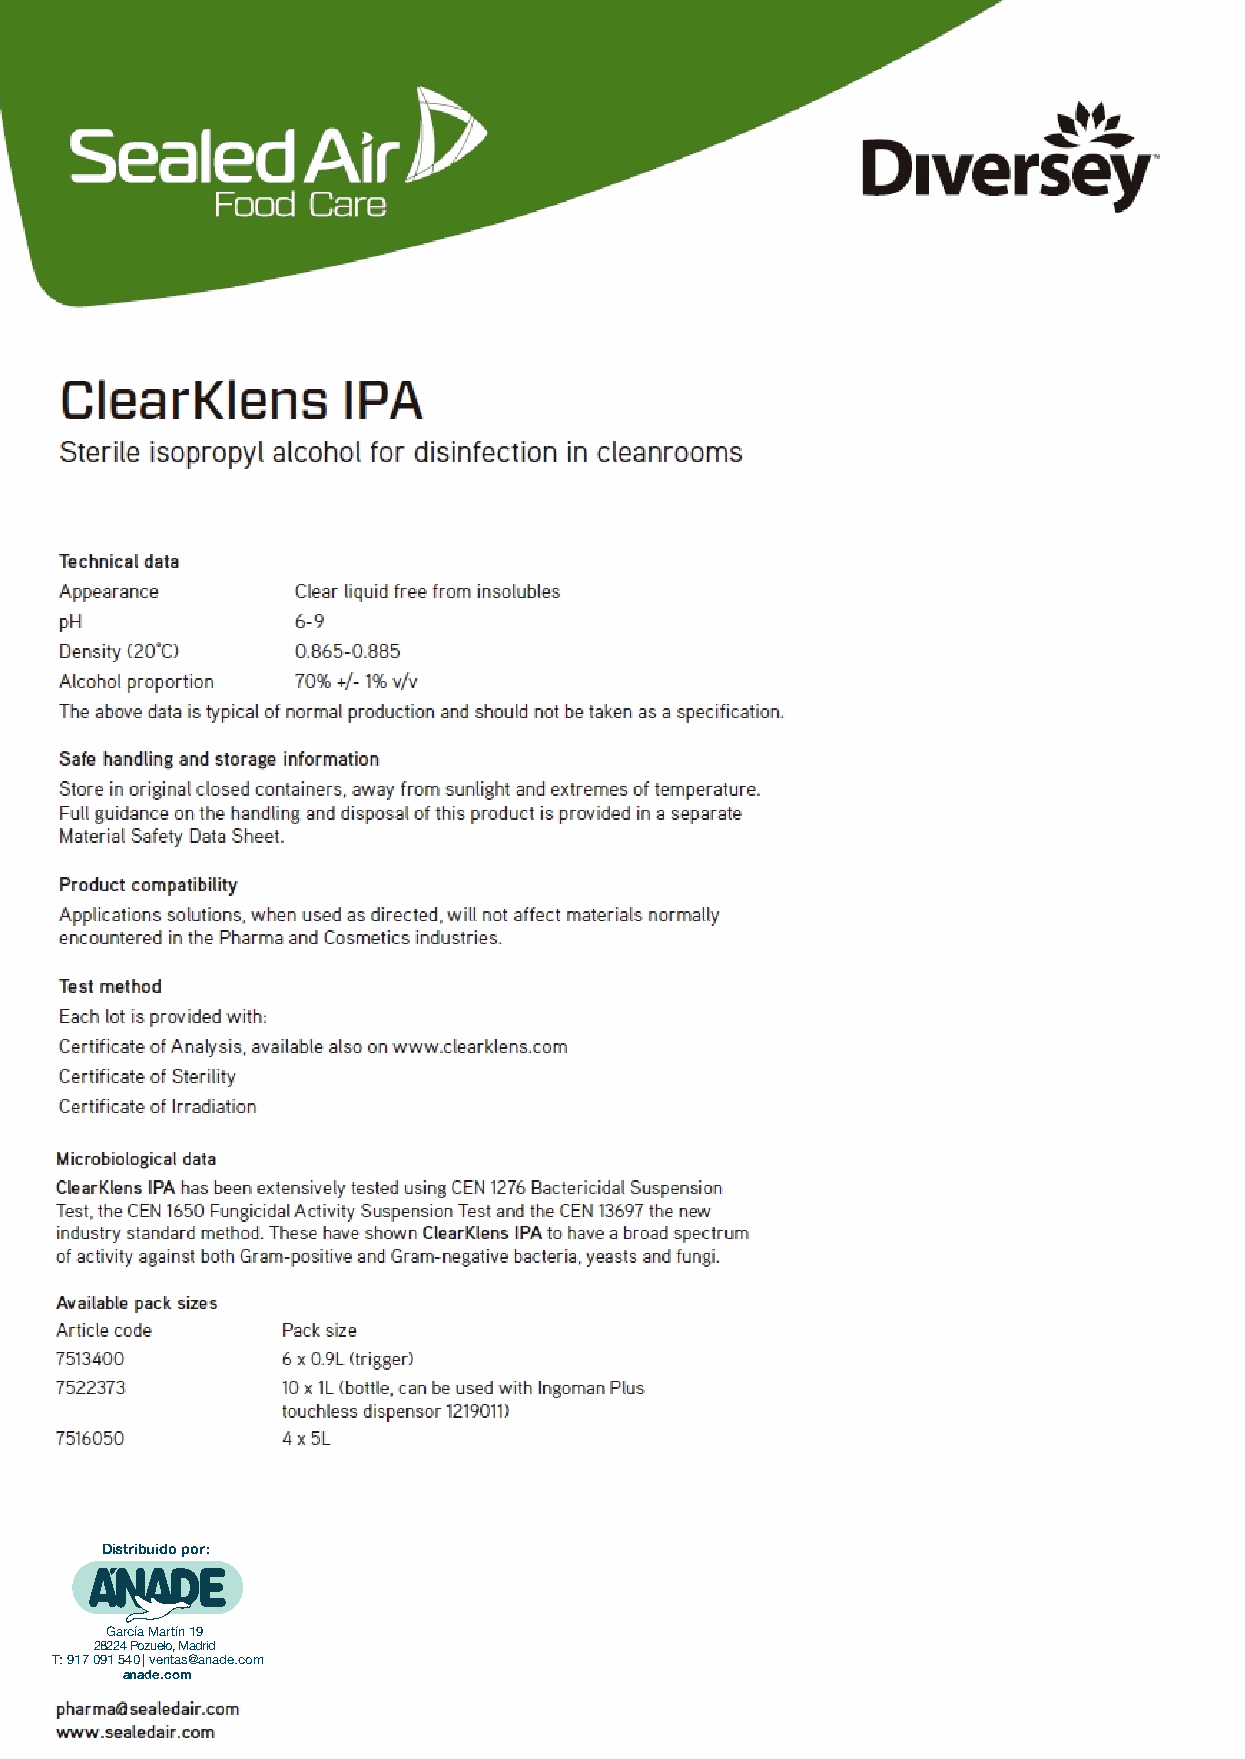
Distribuido por:
 García Martín 19
 28224 Pozuelo, Madrid
 T: 917 091 540 | ventas@anade.com
 anade.com
 Kimtech Pure M3 Sterile Pleated Face Mask_ES.indd 2                      9-02-2010 16:49:03